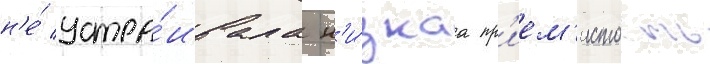
н'е́ устра́ивала н'и́зкаа пр'ием'истость